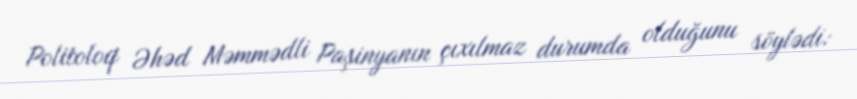
Politoloq Əhəd Məmmədli Paşinyanın çıxılmaz durumda olduğunu söylədi: